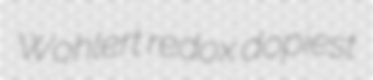
Wohlert redox dopiest